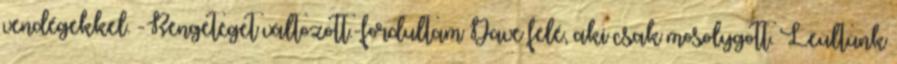
vendégekkel. -Rengeteget változott.-fordultam Dave felé, aki csak mosolygott. Leültünk